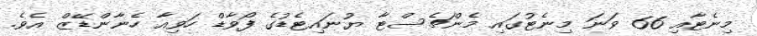
މިނެޓާއި 66 ވަނަ މިނެޓުގައި މެންޗެސްޓާ ޔުނައިޓެޑުގެ ފޯވާޑް ހަވިއާ ހެނާންޑޭޒް އެވެ.